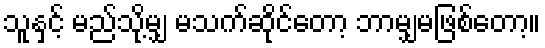
သူနှင့် မည်သို့မျှ မသက်ဆိုင်တော့ ဘာမျှမဖြစ်တော့။